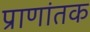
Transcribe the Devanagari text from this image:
प्राणांतक